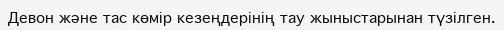
Девон және тас көмір кезеңдерінің тау жыныстарынан түзілген.